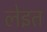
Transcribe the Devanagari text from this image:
लेइत